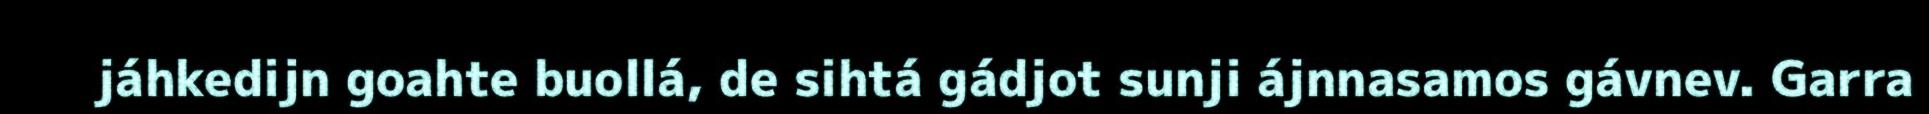
jáhkedijn goahte buollá, de sihtá gádjot sunji ájnnasamos gávnev. Garra